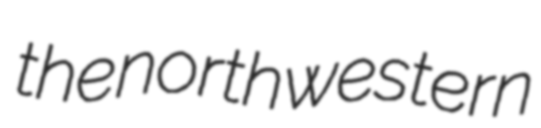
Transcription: the northwestern